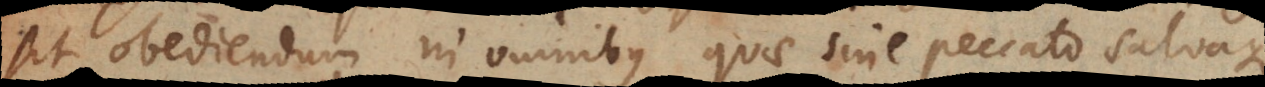
sit obediendum in omnibus quae sine peccato salvaque